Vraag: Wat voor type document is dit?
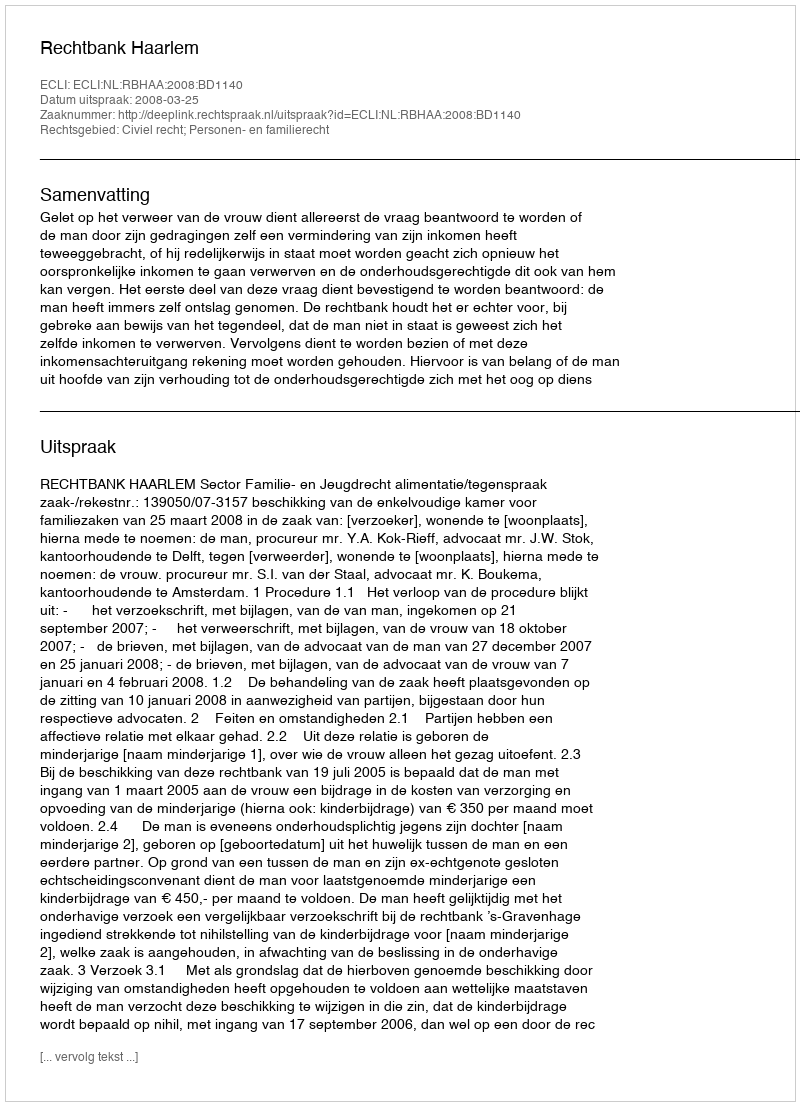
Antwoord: Uitspraak